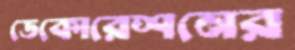
ডেকোরেশনের